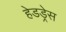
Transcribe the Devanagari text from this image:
हेडड्रेस